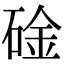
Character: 碒